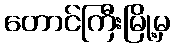
တောင်ကြီးမြို့မှ